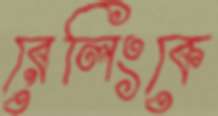
রেলিংকে